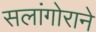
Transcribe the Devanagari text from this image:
सलांगोराने